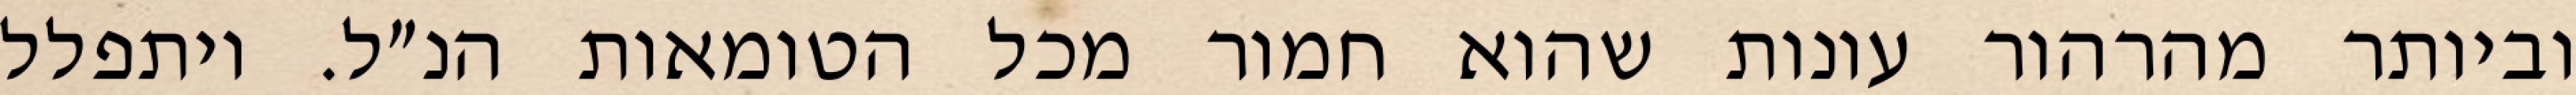
וביותר מהרהור עונות שהוא חמור מכל הטומאות הנ״ל. ויתפלל